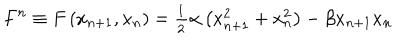
LaTeX: F ^ { n } \equiv F \left( x _ { n + 1 } , x _ { n } \right) = \frac { _ 1 } { ^ 2 } \alpha \left( x _ { n + 1 } ^ { 2 } + x _ { n } ^ { 2 } \right) - \beta x _ { n + 1 } x _ { n }